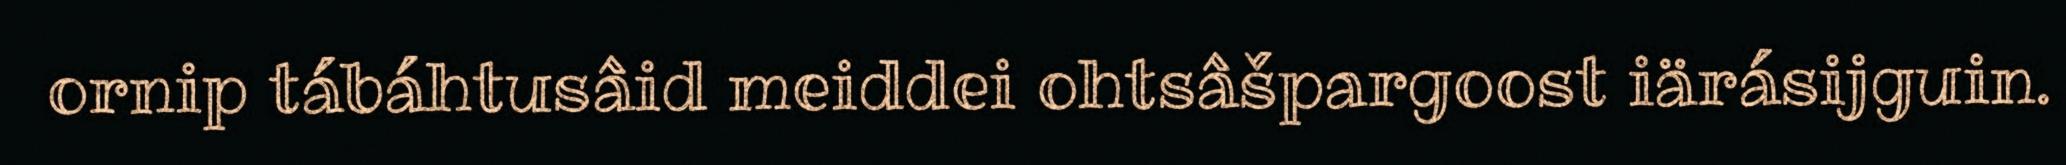
ornip tábáhtusâid meiddei ohtsâšpargoost iärásijguin.